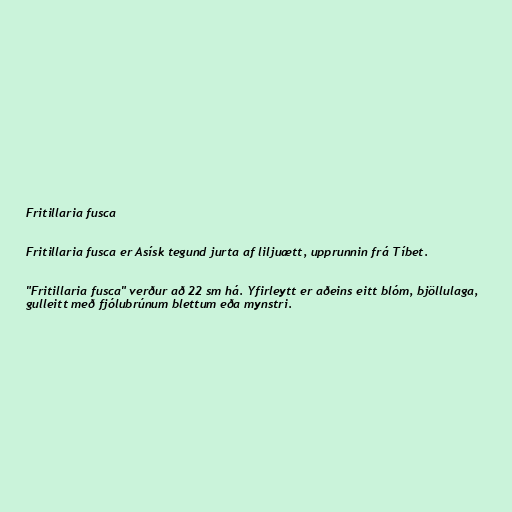
Fritillaria fusca

Fritillaria fusca er Asísk tegund jurta af liljuætt, upprunnin frá Tíbet.

"Fritillaria fusca" verður að 22 sm há. Yfirleytt er aðeins eitt blóm, bjöllulaga,
gulleitt með fjólubrúnum blettum eða mynstri.